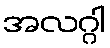
အလဂ္ဂါ